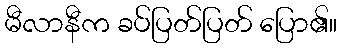
မီလာနီက ခပ်ပြတ်ပြတ် ပြော၏။